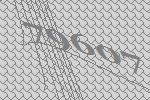
79607